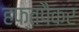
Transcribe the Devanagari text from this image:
हफ्तपैकर